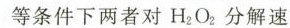
等条件下两者对H_{2}O_{2}分解速